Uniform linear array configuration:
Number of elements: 12
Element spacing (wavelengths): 1
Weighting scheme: kaiser
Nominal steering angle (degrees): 45
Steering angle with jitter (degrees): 46.748
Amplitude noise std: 0.05
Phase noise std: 0.05

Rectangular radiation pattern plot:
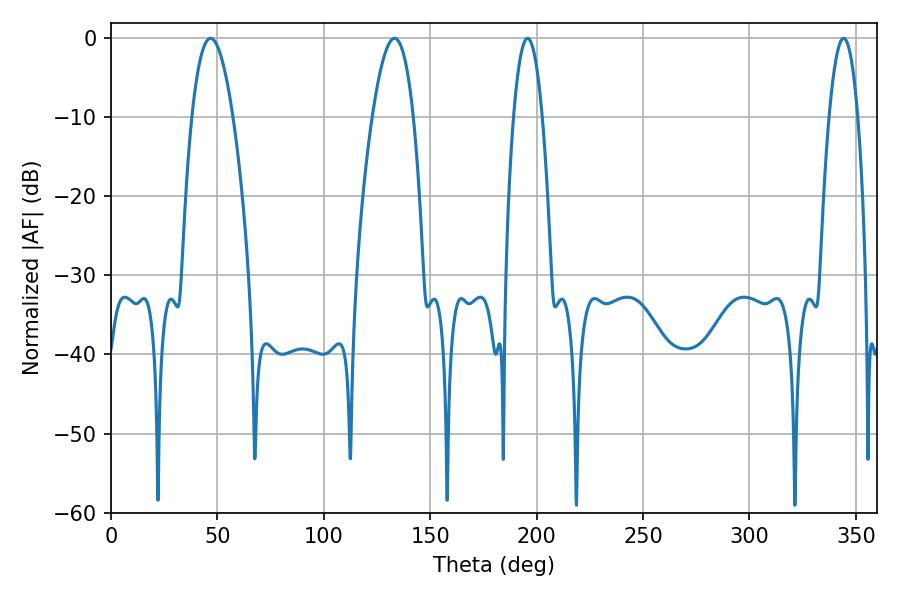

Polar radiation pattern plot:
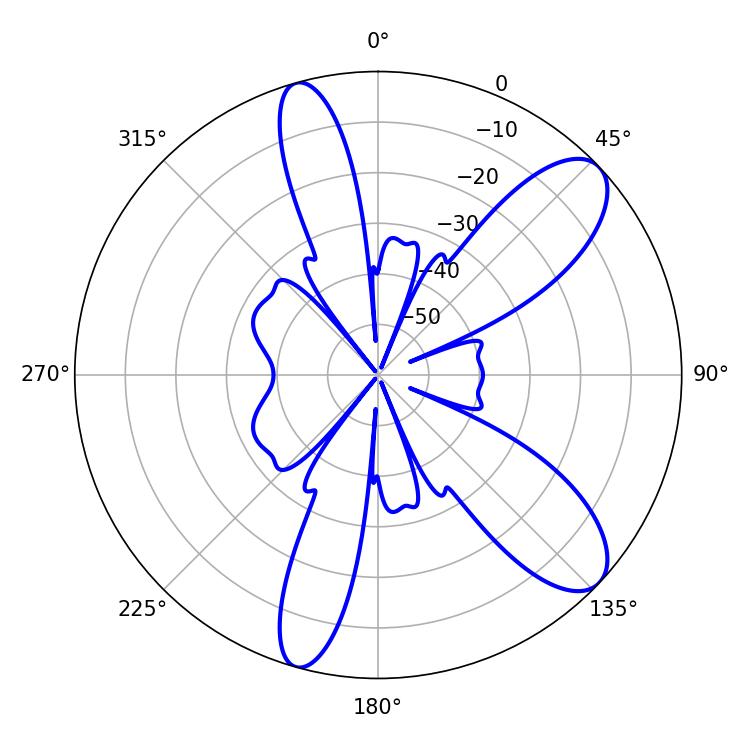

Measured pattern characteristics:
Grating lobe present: TRUE
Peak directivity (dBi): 9.692
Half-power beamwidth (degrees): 10.62
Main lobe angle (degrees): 46.8